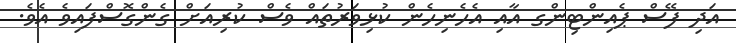
އަދި ފޭސް ޕެއިންޓިންގ އާއި އެހެނިހެން ކުޅިވަރުތައް ވެސް ކުރިއަށް ގެންގޮސްފައިވެ އެވެ.